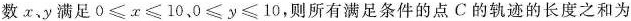
数x、y满足$$0\leqslant x\leqslant 10$$、$$0\leqslant y\leqslant 10$$，则所有满足条件的点C的轨迹的长度之和为